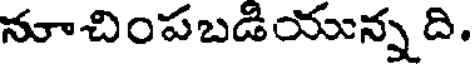
నూచింపబడియున్న ది.